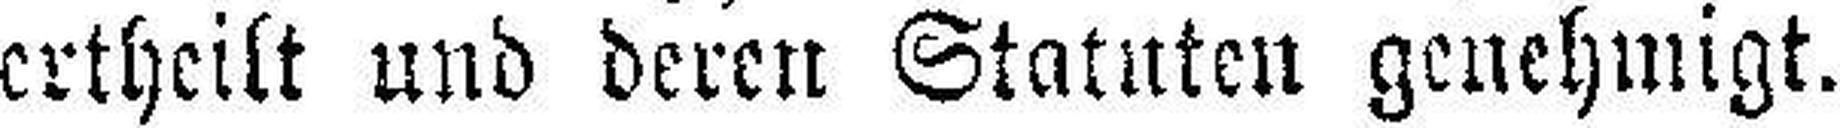
ertheilt und deren Statuten genehmigt.